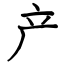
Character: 产